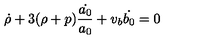
\dot { \rho } + 3 ( \rho + p ) \frac { \dot { a _ { 0 } } } { a _ { 0 } } + v _ { b } \dot { b _ { 0 } } = 0